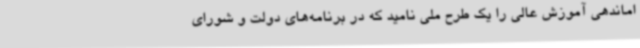
اماندهی آموزش عالی را یک طرح ملی نامید که در برنامه‌های دولت و شورای